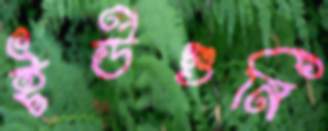
ইউগুনি